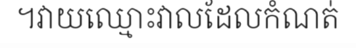
។វាយឈ្មោះវាលដែលកំណត់